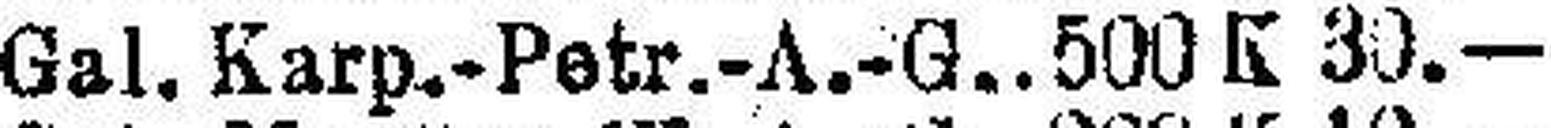
Gal. Karp.-Petr.-A.-G. 500 K 30.—